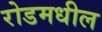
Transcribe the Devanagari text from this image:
रोडमधील